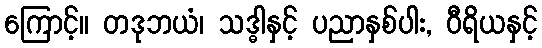
ကြောင့်။ တဒုဘယံ၊ သဒ္ဓါနှင့် ပညာနှစ်ပါး, ဝီရိယနှင့်